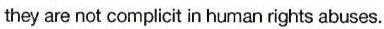
they are not complicit in human rights abuses.